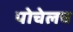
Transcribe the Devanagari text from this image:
पोचेलच